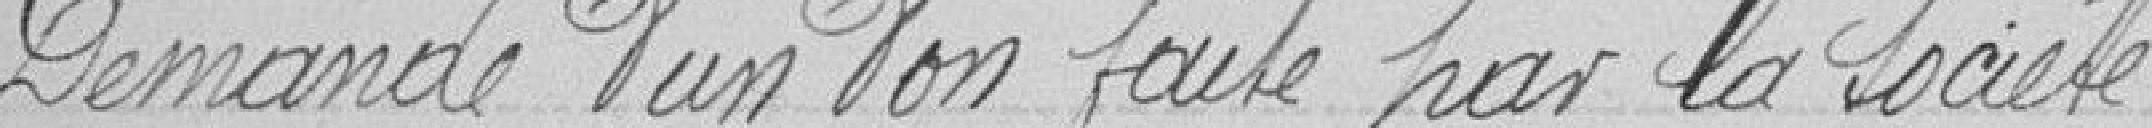
Demande d'un don faite par la société